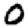
Digit: 0